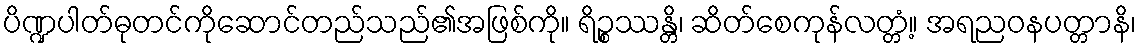
ပိဏ္ဍပါတ်ဓုတင်ကိုဆောင်တည်သည်၏အဖြစ်ကို။ ရိဉ္စဿန္တိ၊ ဆိတ်စေကုန်လတ္တံ့။ အရညဝနပတ္တာနိ၊